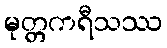
မုတ္တကရီသဿ